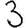
Digit: 3